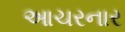
આચરનાર